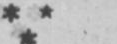
***